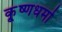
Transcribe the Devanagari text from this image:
कृ्ष्णधर्मा